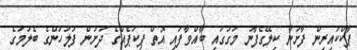
ޕާކްކައިރިން ފާށަނާ ކިލޭގެފާނު މަގުގައި ބާއްވާފައި އޮތް ޕިކަޕެއްގެ ދަށުން ފުލުހުންގެ ބެލުމުގެ